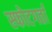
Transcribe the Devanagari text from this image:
स्फोटगर्ता